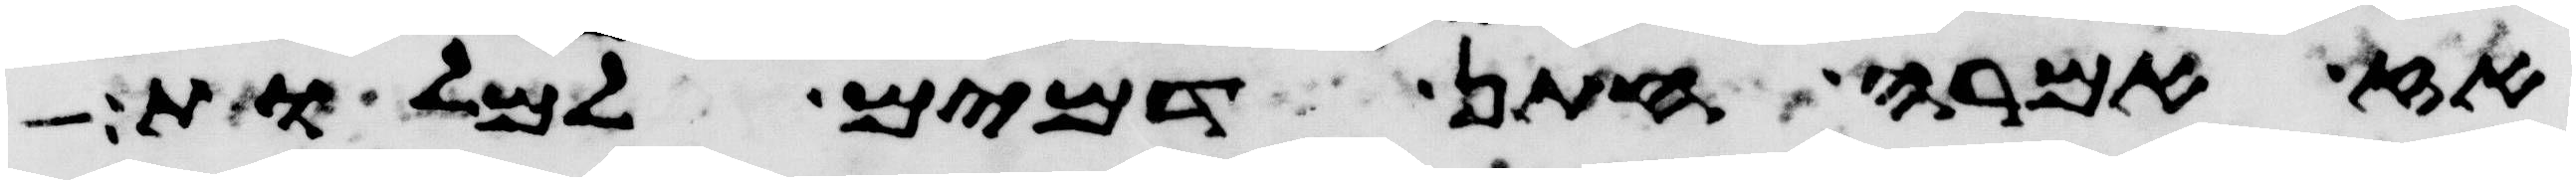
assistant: אז אמרה חתן דמים למלות